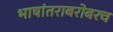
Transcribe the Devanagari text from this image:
भाषांतराबरोबरच